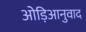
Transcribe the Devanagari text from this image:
ओड़िआनुवाद